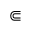
\Subset